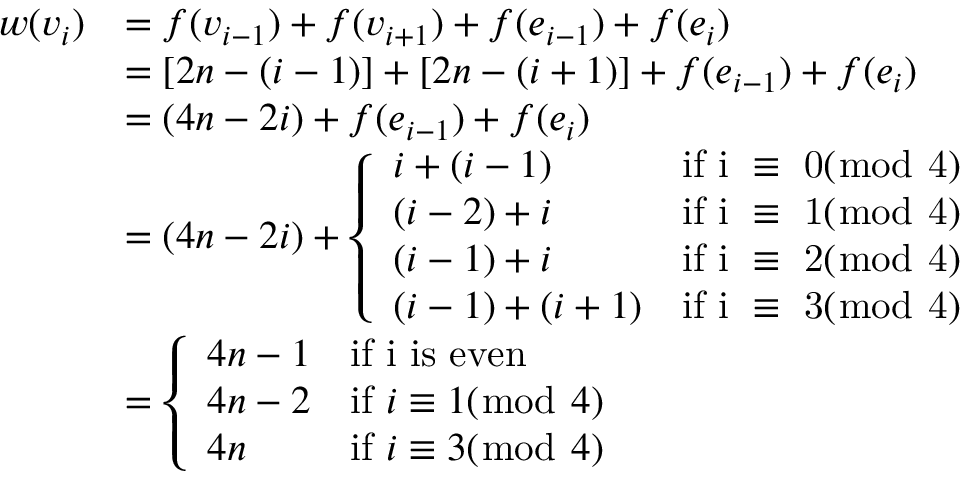
\begin{array} { r l } { w ( v _ { i } ) } & { = f ( v _ { i - 1 } ) + f ( v _ { i + 1 } ) + f ( e _ { i - 1 } ) + f ( e _ { i } ) } \\ & { = [ 2 n - ( i - 1 ) ] + [ 2 n - ( i + 1 ) ] + f ( e _ { i - 1 } ) + f ( e _ { i } ) } \\ & { = ( 4 n - 2 i ) + f ( e _ { i - 1 } ) + f ( e _ { i } ) } \\ & { = ( 4 n - 2 i ) + \left\{ \begin{array} { l l } { i + ( i - 1 ) } & { \mathrm { i f ~ i ~ \equiv ~ 0 ( \bmod ~ 4 ) ~ } } \\ { ( i - 2 ) + i } & { \mathrm { i f ~ i ~ \equiv ~ 1 ( \bmod ~ 4 ) ~ } } \\ { ( i - 1 ) + i } & { \mathrm { i f ~ i ~ \equiv ~ 2 ( \bmod ~ 4 ) ~ } } \\ { ( i - 1 ) + ( i + 1 ) } & { \mathrm { i f ~ i ~ \equiv ~ 3 ( \bmod ~ 4 ) ~ } } \end{array} \right. } \\ & { = \left\{ \begin{array} { l l } { 4 n - 1 } & { \mathrm { i f ~ i ~ i s ~ e v e n } } \\ { 4 n - 2 } & { \mathrm { i f ~ } i \equiv 1 ( \bmod ~ 4 ) } \\ { 4 n } & { \mathrm { i f ~ } i \equiv 3 ( \bmod ~ 4 ) } \end{array} \right. } \end{array}